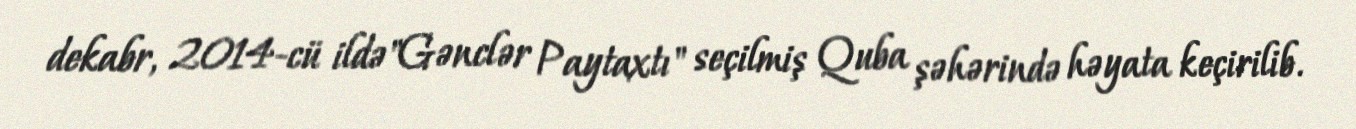
dekabr, 2014-cü ildə"Gənclər Paytaxtı" seçilmiş Quba şəhərində həyata keçirilib.